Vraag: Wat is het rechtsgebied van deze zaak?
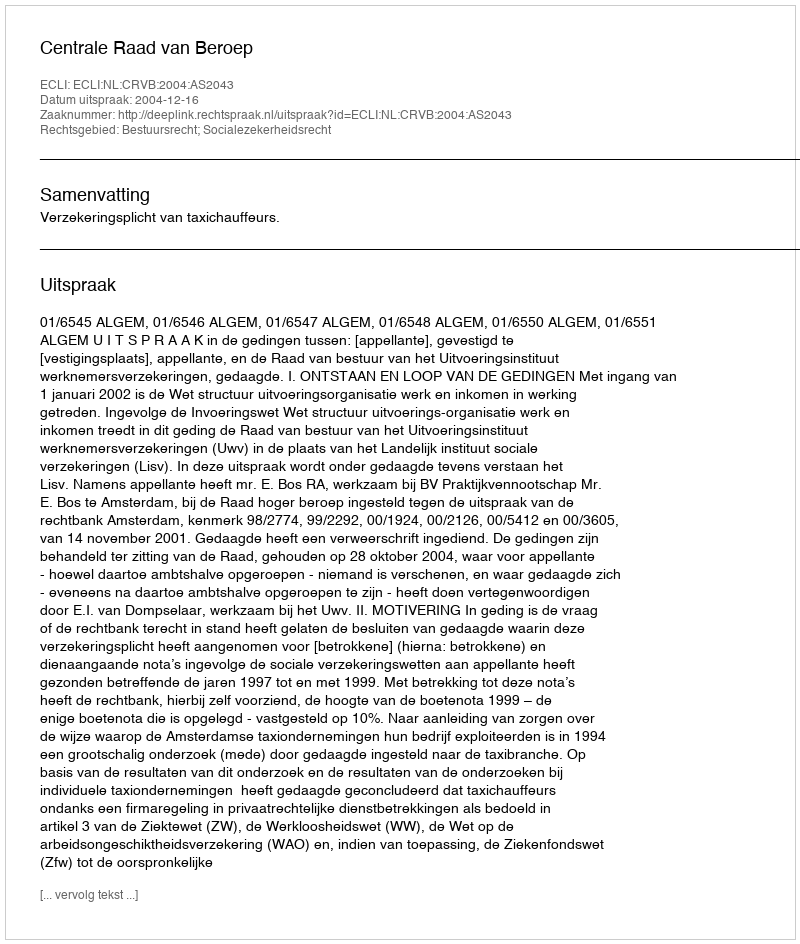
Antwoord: Bestuursrecht; Socialezekerheidsrecht